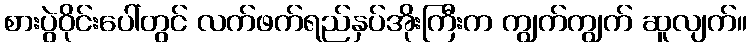
စားပွဲဝိုင်းပေါ်တွင် လက်ဖက်ရည်နှပ်အိုးကြီးက ကျွက်ကျွက် ဆူလျက်။